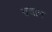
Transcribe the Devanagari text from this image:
चचान